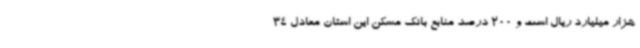
هزار میلیارد ریال است و 200 درصد منابع بانک مسکن این استان معادل 34